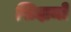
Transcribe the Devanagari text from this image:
सिदामो